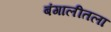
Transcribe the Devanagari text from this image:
बंगालीतला